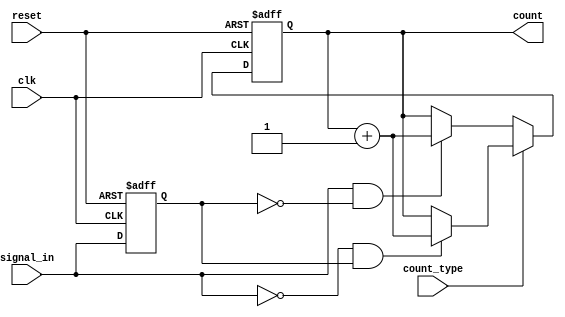
module edge_counter (
    input wire clk,             // Clock signal
    input wire reset,           // Active-high reset signal
    input wire signal_in,       // Input signal for edge detection
    input wire count_type,      // Control signal: 0 for rising, 1 for falling
    output reg [31:0] count     // Binary output for the count of edges
);

    reg signal_in_prev;         // Previous state of the input signal

    // Edge detection and counting logic
    always @(posedge clk or posedge reset) begin
        if (reset) begin
            count <= 32'b0;      // Reset the counter to zero
            signal_in_prev <= 1'b0; // Initialize previous state
        end else begin
            // Update the previous signal value
            signal_in_prev <= signal_in;

            // Edge counting logic
            if (count_type == 1'b0) begin
                // Count rising edges
                if (signal_in && !signal_in_prev) begin
                    count <= count + 1; // Increment on rising edge
                end
            end else begin
                // Count falling edges
                if (!signal_in && signal_in_prev) begin
                    count <= count + 1; // Increment on falling edge
                end
            end
        end
    end
endmodule